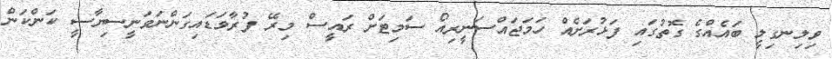
ވިލިނގިލީ ބައެއްގެ ގޮތުގައި ފަޅުރަށެއް ހަމަޖައްސަނީރިއޯ ސަމިޓަށް ރައީސް މިރޭ ފުރާވަޑައިގަންނަވަނީސިޔާސީ ކަންކަން